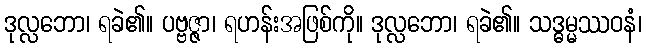
ဒုလ္လဘော၊ ရခဲ၏။ ပဗ္ဗဇ္ဇာ၊ ရဟန်းအဖြစ်ကို။ ဒုလ္လဘော၊ ရခဲ၏။ သဒ္ဓမ္မဿဝနံ၊